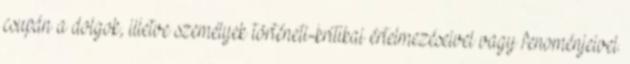
csupán a dolgok, illetve személyek történeti-kritikai értelmezéseivel vagy fenoménjeivel.